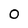
Character: 0